Code of medical and sanitary regulations for the guidance of medical officers serving in the Madras Presidency - Volume I
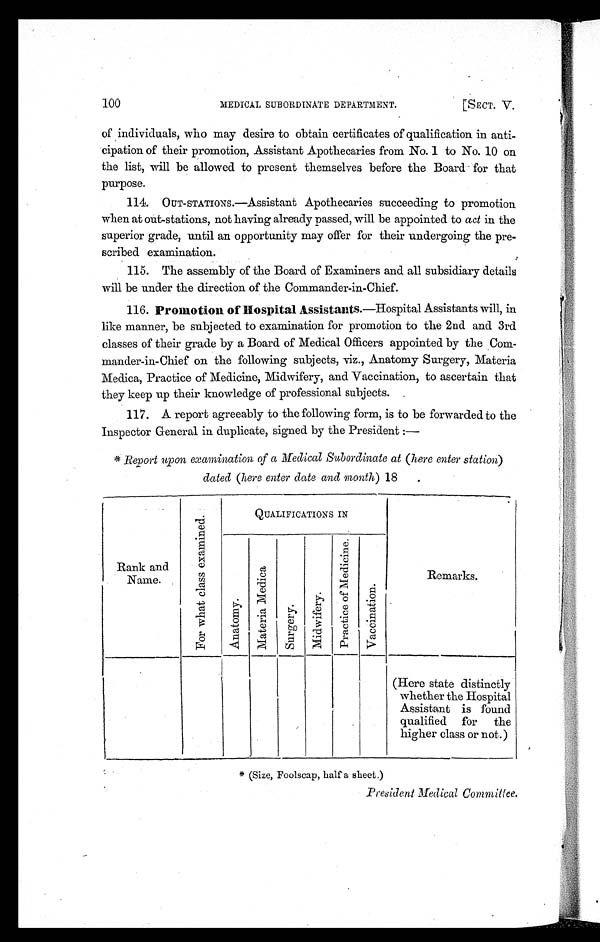
100
MEDICAL SUBORDINATE DEPARTMENT. [SECT. V.
of individuals, who may desire to obtain certificates of qualification in anti
- c i p a t i o n o f t h e i r p r o m o t i o n , A s s i s t a n t A p o t h e c a r i e s f r o m N o . 1 t o N o . 1 0 o n
the list, will be allowed to present themselves before the Board for that
purpose.
114. OUT-STATIONS.—Assistant Apothecaries succeeding to promotion
when at out-stations, not having already passed, will be appointed to act in the
superior grade, until an opportunity may offer for their undergoing the pre
-scribed examination.
115. The assembly of the Board of Examiners and all subsidiary details
will be under the direction of the Commander-in-Chief.
116. Promotion of Hospital Assistants .—Hospital Assistants will, in
like manner, be subjected to examination for promotion to the 2nd and 3rd
classes of their grade by a Board of Medical Officers appointed by the Com
- m a n d e r - i n - C h i e f o n t h e f o l l o w i n g s u b j e c t s , v i z . , A n a t o m y S u r g e r y , M a t e r i a
Medica, Practice of Medicine, Midwifery, and Vaccination, to ascertain that
they keep up their knowledge of professional subjects.
117. A report agreeably to the following form, is to be forwarded to the
Inspector General in duplicate, signed by the President
*Report upon examination, of a Medical Subordinate at (here enter station)
dated (here enter date and month) 18
F o r w h a t c l a s s e x a m i n e d .
QUALIFICATIONS IN
Rank and
Name.
A n a t o m y .
M a t e r i a M e d i c a
S u r g e r y .
M i d w i f e r y .
P r a c t i c e o f M e d i c i n e .
V a c c i n a t i o n .
Remarks.
(Here state distinctly
whether the Hospital
Assistant is found
qualified for the
higher class or not.)
*(Size, Foolscap, half a sheet.)
President Medical Committee.